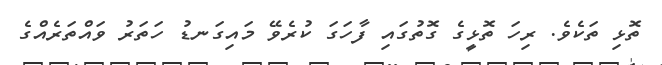
ތޮޅި ތަކެވެ. ރިހަ ތޮޅީގެ ގޮތުގައި ފާހަގަ ކުރެވޭ މައިގަނޑު ހަތަރު ވައްތަރެއްގެ